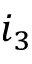
i _ { 3 }